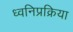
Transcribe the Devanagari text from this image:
ध्वनिप्रक्रिया